Leprosy in India: report of the Leprosy Commission in India, 1890-91
Year: 1890
Disease focus: Leprosy
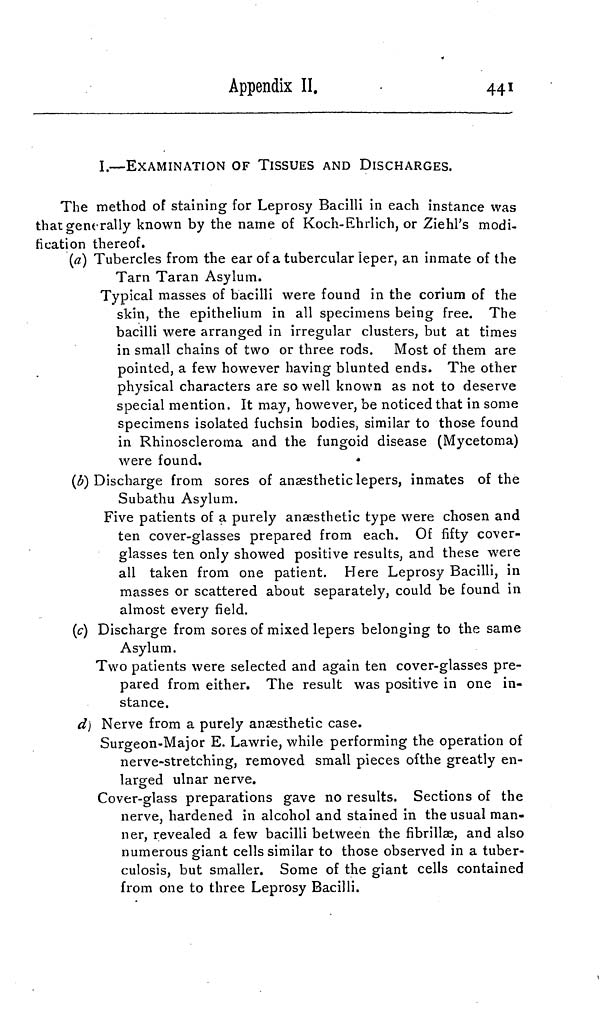
Appendix II.
441
I.—EXAMINATION OF TISSUES AND DISCHARGES.
The method of staining for Leprosy Bacilli in each instance was
that generally known by the name of Koch-Ehrlich, or Ziehl's modi-
fication thereof.
(a) Tubercles from the ear of a tubercular leper, an inmate of the
Tarn Taran Asylum.
Typical masses of bacilli were found in the corium of the
skin, the epithelium in all specimens being free. The
bacilli were arranged in irregular clusters, but at times
in small chains of two or three rods. Most of them are
pointed, a few however having blunted ends. The other
physical characters are so well known as not to deserve
special mention. It may, however, be noticed that in some
specimens isolated fuchsin bodies, similar to those found
in Rhinoscleroma and the fungoid disease (Mycetoma)
were found.
(b) Discharge from sores of anaesthetic lepers, inmates of the
Subathu Asylum.
Five patients of a purely anaesthetic type were chosen and
ten cover-glasses prepared from each. Of fifty cover-
glasses ten only showed positive results, and these were
all taken from one patient. Here Leprosy Bacilli, in
masses or scattered about separately, could be found in
almost every field.
(c) Discharge from sores of mixed lepers belonging to the same
Asylum.
Two patients were selected and again ten cover-glasses pre-
pared from either. The result was positive in one in-
stance.
d) Nerve from a purely anaesthetic case.
Surgeon-Major E. Lawrie, while performing the operation of
nerve-stretching, removed small pieces of the greatly en-
larged ulnar nerve.
Cover-glass preparations gave no results. Sections of the
nerve, hardened in alcohol and stained in the usual man-
ner, revealed a few bacilli between the fibrillas, and also
numerous giant cells similar to those observed in a tuber-
culosis, but smaller. Some of the giant cells contained
from one to three Leprosy Bacilli.